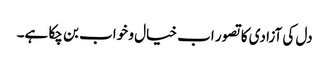
دل کی آزادی کا تصور اب خیال و خواب بن چکا ہے۔